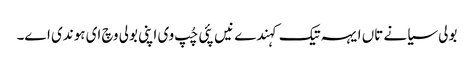
بولی سیانے تاں ایہہ تیک کہندے نیں پئی چُپ وی اپنی بولی وچ ای ہوندی اے۔